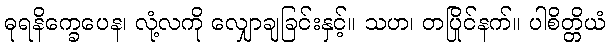
ဓုရနိက္ခေပေန၊ လုံ့လကို လျှောချခြင်းနှင့်။ သဟ၊ တပြိုင်နက်။ ပါစိတ္တိယံ